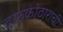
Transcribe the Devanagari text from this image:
दारुकोठाराची